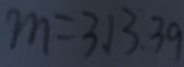
m = 3 , 1 3 3 9